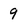
Character: 9